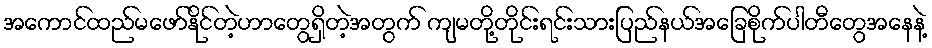
အကောင်ထည်မဖော်နိုင်တဲ့ဟာတွေရှိတဲ့အတွက် ကျမတို့တိုင်းရင်းသားပြည်နယ်အခြေစိုက်ပါတီတွေအနေနဲ့